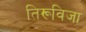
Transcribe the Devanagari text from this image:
तिरूविजा